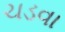
ચડવા